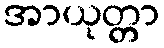
အာယုတ္တာ